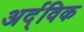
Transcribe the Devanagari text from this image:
अर्द्विक